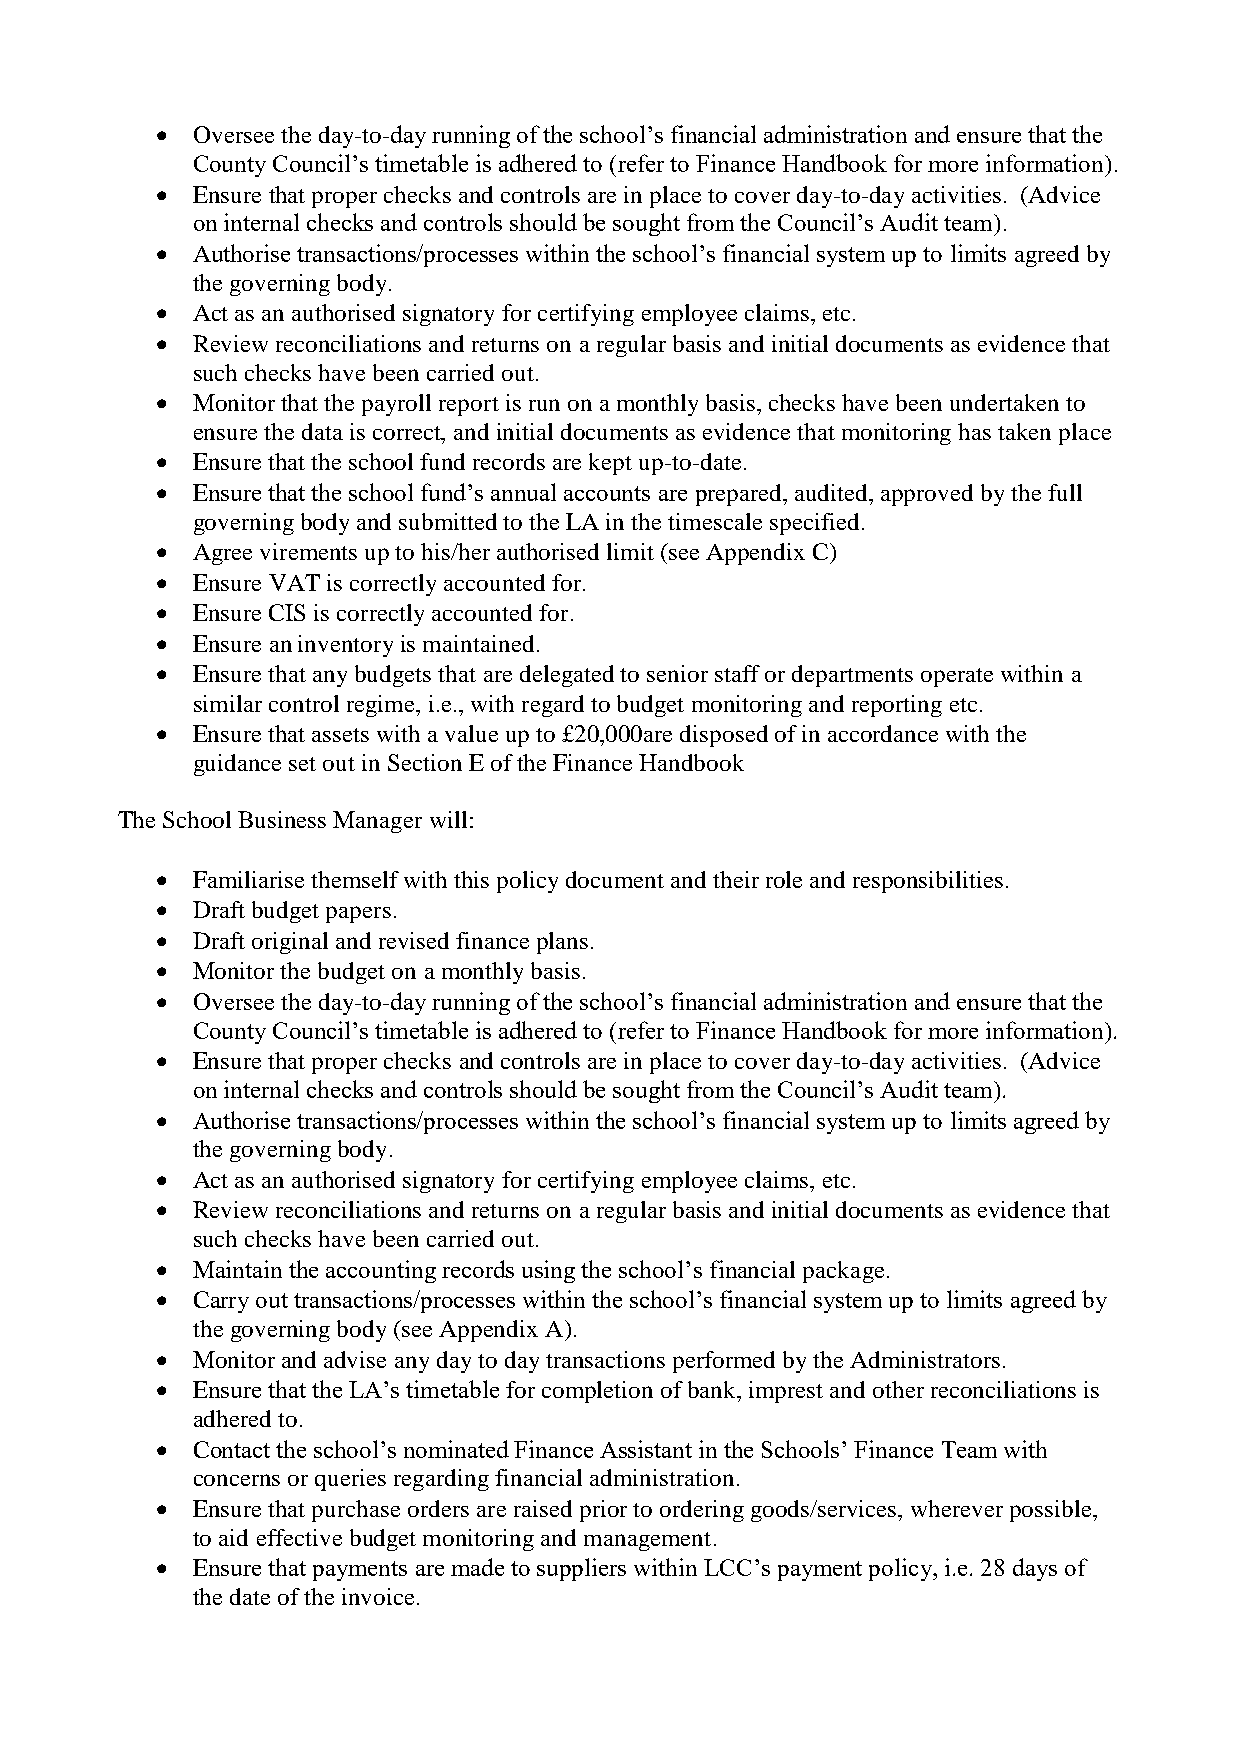
•  Oversee the day-to-day running of the school’s financial administration and ensure that the
 County Council’s timetable is adhered to (refer to Finance Handbook for more information).
 •  Ensure that proper checks and controls are in place to cover day-to-day activities. (Advice
 on internal checks and controls should be sought from the Council’s Audit team).
 •  Authorise transactions/processes within the school’s financial system up to limits agreed by
 the governing body.
 •  Act as an authorised signatory for certifying employee claims, etc.
 •  Review reconciliations and returns on a regular basis and initial documents as evidence that
 such checks have been carried out.
 •  Monitor that the payroll report is run on a monthly basis, checks have been undertaken to
 ensure the data is correct, and initial documents as evidence that monitoring has taken place
 •  Ensure that the school fund records are kept up-to-date.
 •  Ensure that the school fund’s annual accounts are prepared, audited, approved by the full
 governing body and submitted to the LA in the timescale specified.
 •  Agree virements up to his/her authorised limit (see Appendix C)
 •  Ensure VAT is correctly accounted for.
 •  Ensure CIS is correctly accounted for.
 •  Ensure an inventory is maintained.
 •  Ensure that any budgets that are delegated to senior staff or departments operate within a
 similar control regime, i.e., with regard to budget monitoring and reporting etc.
 •  Ensure that assets with a value up to £20,000are disposed of in accordance with the
 guidance set out in Section E of the Finance Handbook
 The School Business Manager will:
 •  Familiarise themself with this policy document and their role and responsibilities.
 •  Draft budget papers.
 •  Draft original and revised finance plans.
 •  Monitor the budget on a monthly basis.
 •  Oversee the day-to-day running of the school’s financial administration and ensure that the
 County Council’s timetable is adhered to (refer to Finance Handbook for more information).
 •  Ensure that proper checks and controls are in place to cover day-to-day activities. (Advice
 on internal checks and controls should be sought from the Council’s Audit team).
 •  Authorise transactions/processes within the school’s financial system up to limits agreed by
 the governing body.
 •  Act as an authorised signatory for certifying employee claims, etc.
 •  Review reconciliations and returns on a regular basis and initial documents as evidence that
 such checks have been carried out.
 •  Maintain the accounting records using the school’s financial package.
 •  Carry out transactions/processes within the school’s financial system up to limits agreed by
 the governing body (see Appendix A).
 •  Monitor and advise any day to day transactions performed by the Administrators.
 •  Ensure that the LA’s timetable for completion of bank, imprest and other reconciliations is
 adhered to.
 •  Contact the school’s nominated Finance Assistant in the Schools’ Finance Team with
 concerns or queries regarding financial administration.
 •  Ensure that purchase orders are raised prior to ordering goods/services, wherever possible,
 to aid effective budget monitoring and management.
 •  Ensure that payments are made to suppliers within LCC’s payment policy, i.e. 28 days of
 the date of the invoice.